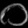
Digit: ၀